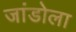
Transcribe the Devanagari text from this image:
जांडोला